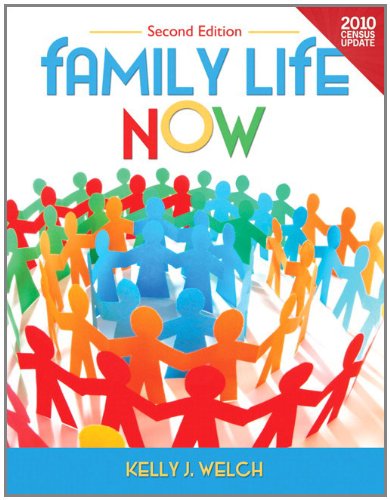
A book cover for Family Life Now Census Update (2nd Edition); Kelly J. Welch; Politics & Social Sciences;